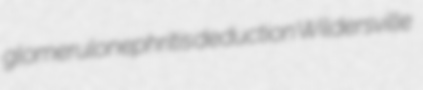
glomerulonephritis deduction Wildersville